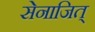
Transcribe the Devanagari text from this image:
सेनाजित्